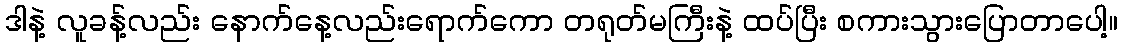
ဒါနဲ့ လူခန့်လည်း နောက်နေ့လည်းရောက်ကော တရုတ်မကြီးနဲ့ ထပ်ပြီး စကားသွားပြောတာပေါ့။